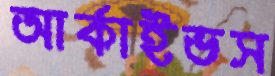
আর্কাইভস